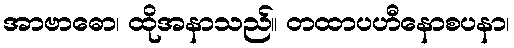
အာဗာဓော၊ ထိုအနာသည်။ တထာပဟီနောစပနာ၊